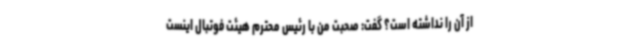
از آن را نداشته است؟ گفت: صحبت من با رئیس محترم هیئت فوتبال اینست